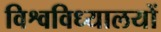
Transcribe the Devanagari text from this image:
विश्वविध्यालयों